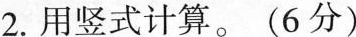
2.用竖式计算。(6分)